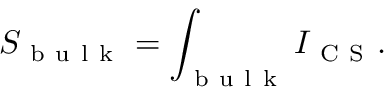
S _ { \mathrm { ~ b ~ u ~ l ~ k ~ } } = \int _ { \mathrm { ~ b ~ u ~ l ~ k ~ } } I _ { \mathrm { ~ C ~ S ~ } } .